Bréfritari: Jakobína Jónsdóttir
Viðtakandi: Sólveig Jónsdóttir
Dagsetning: A-1882-06-28
Skrifað á: Bessastöðum  Gull.
systir bréfviðtakanda

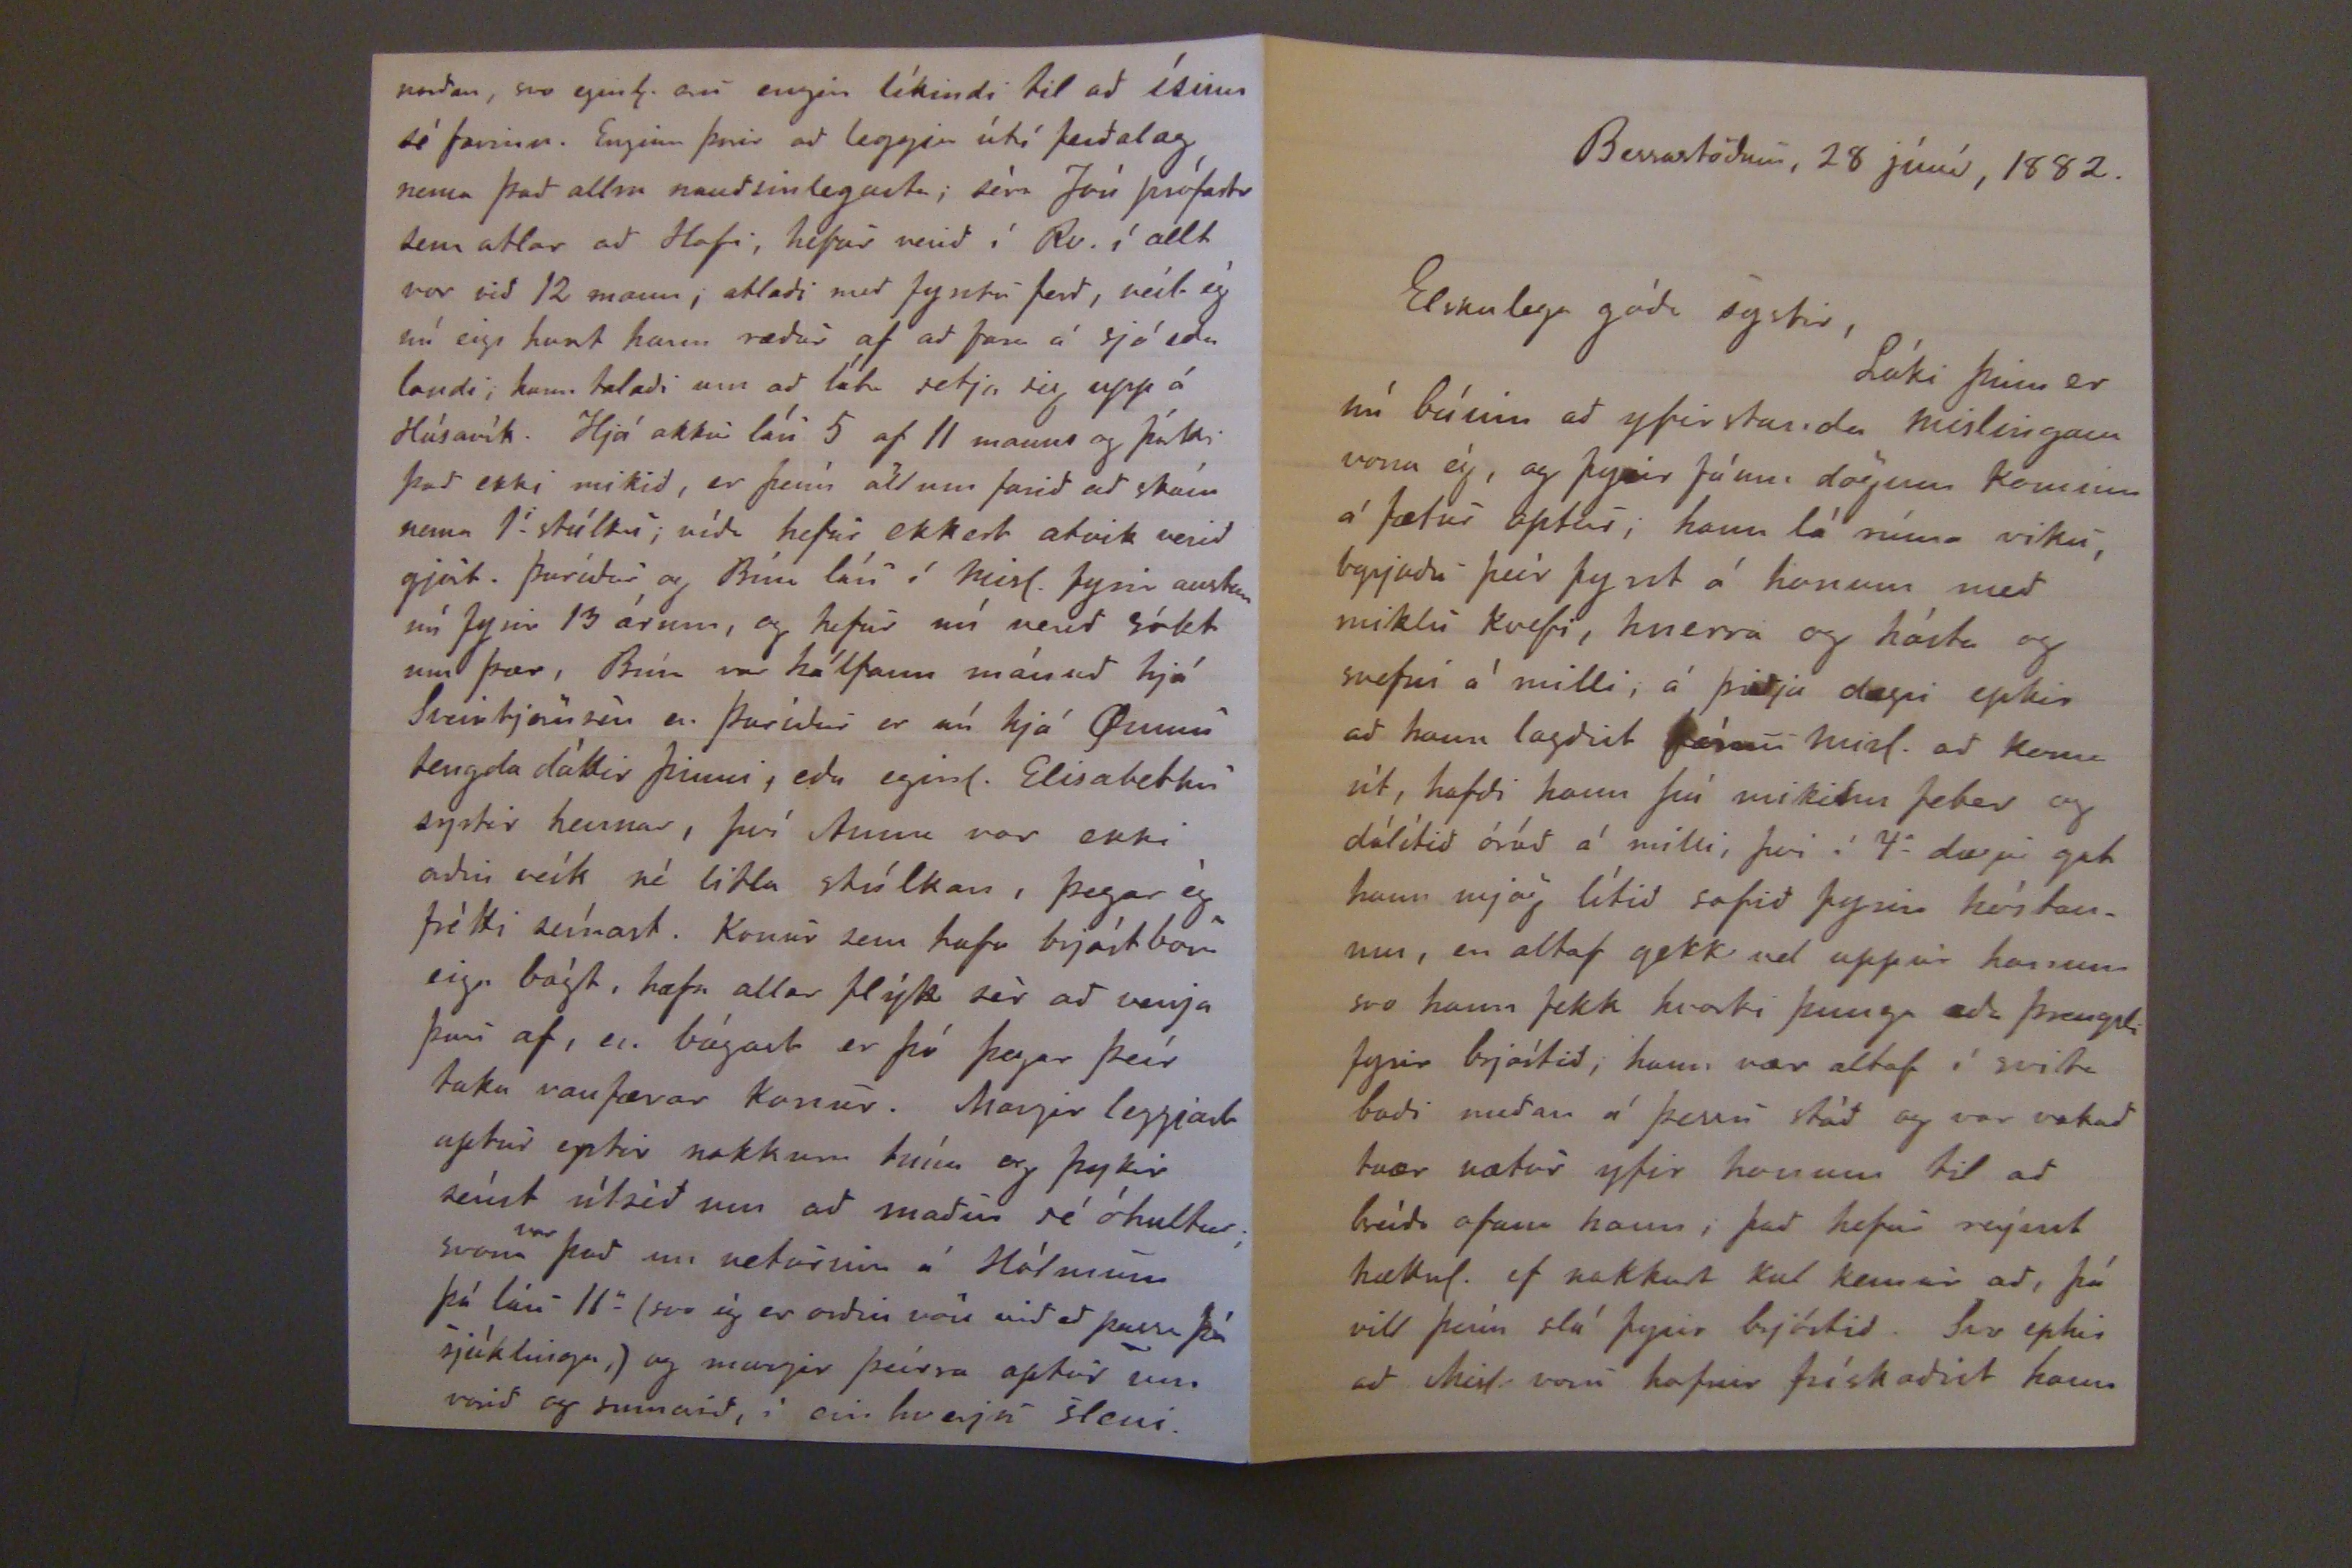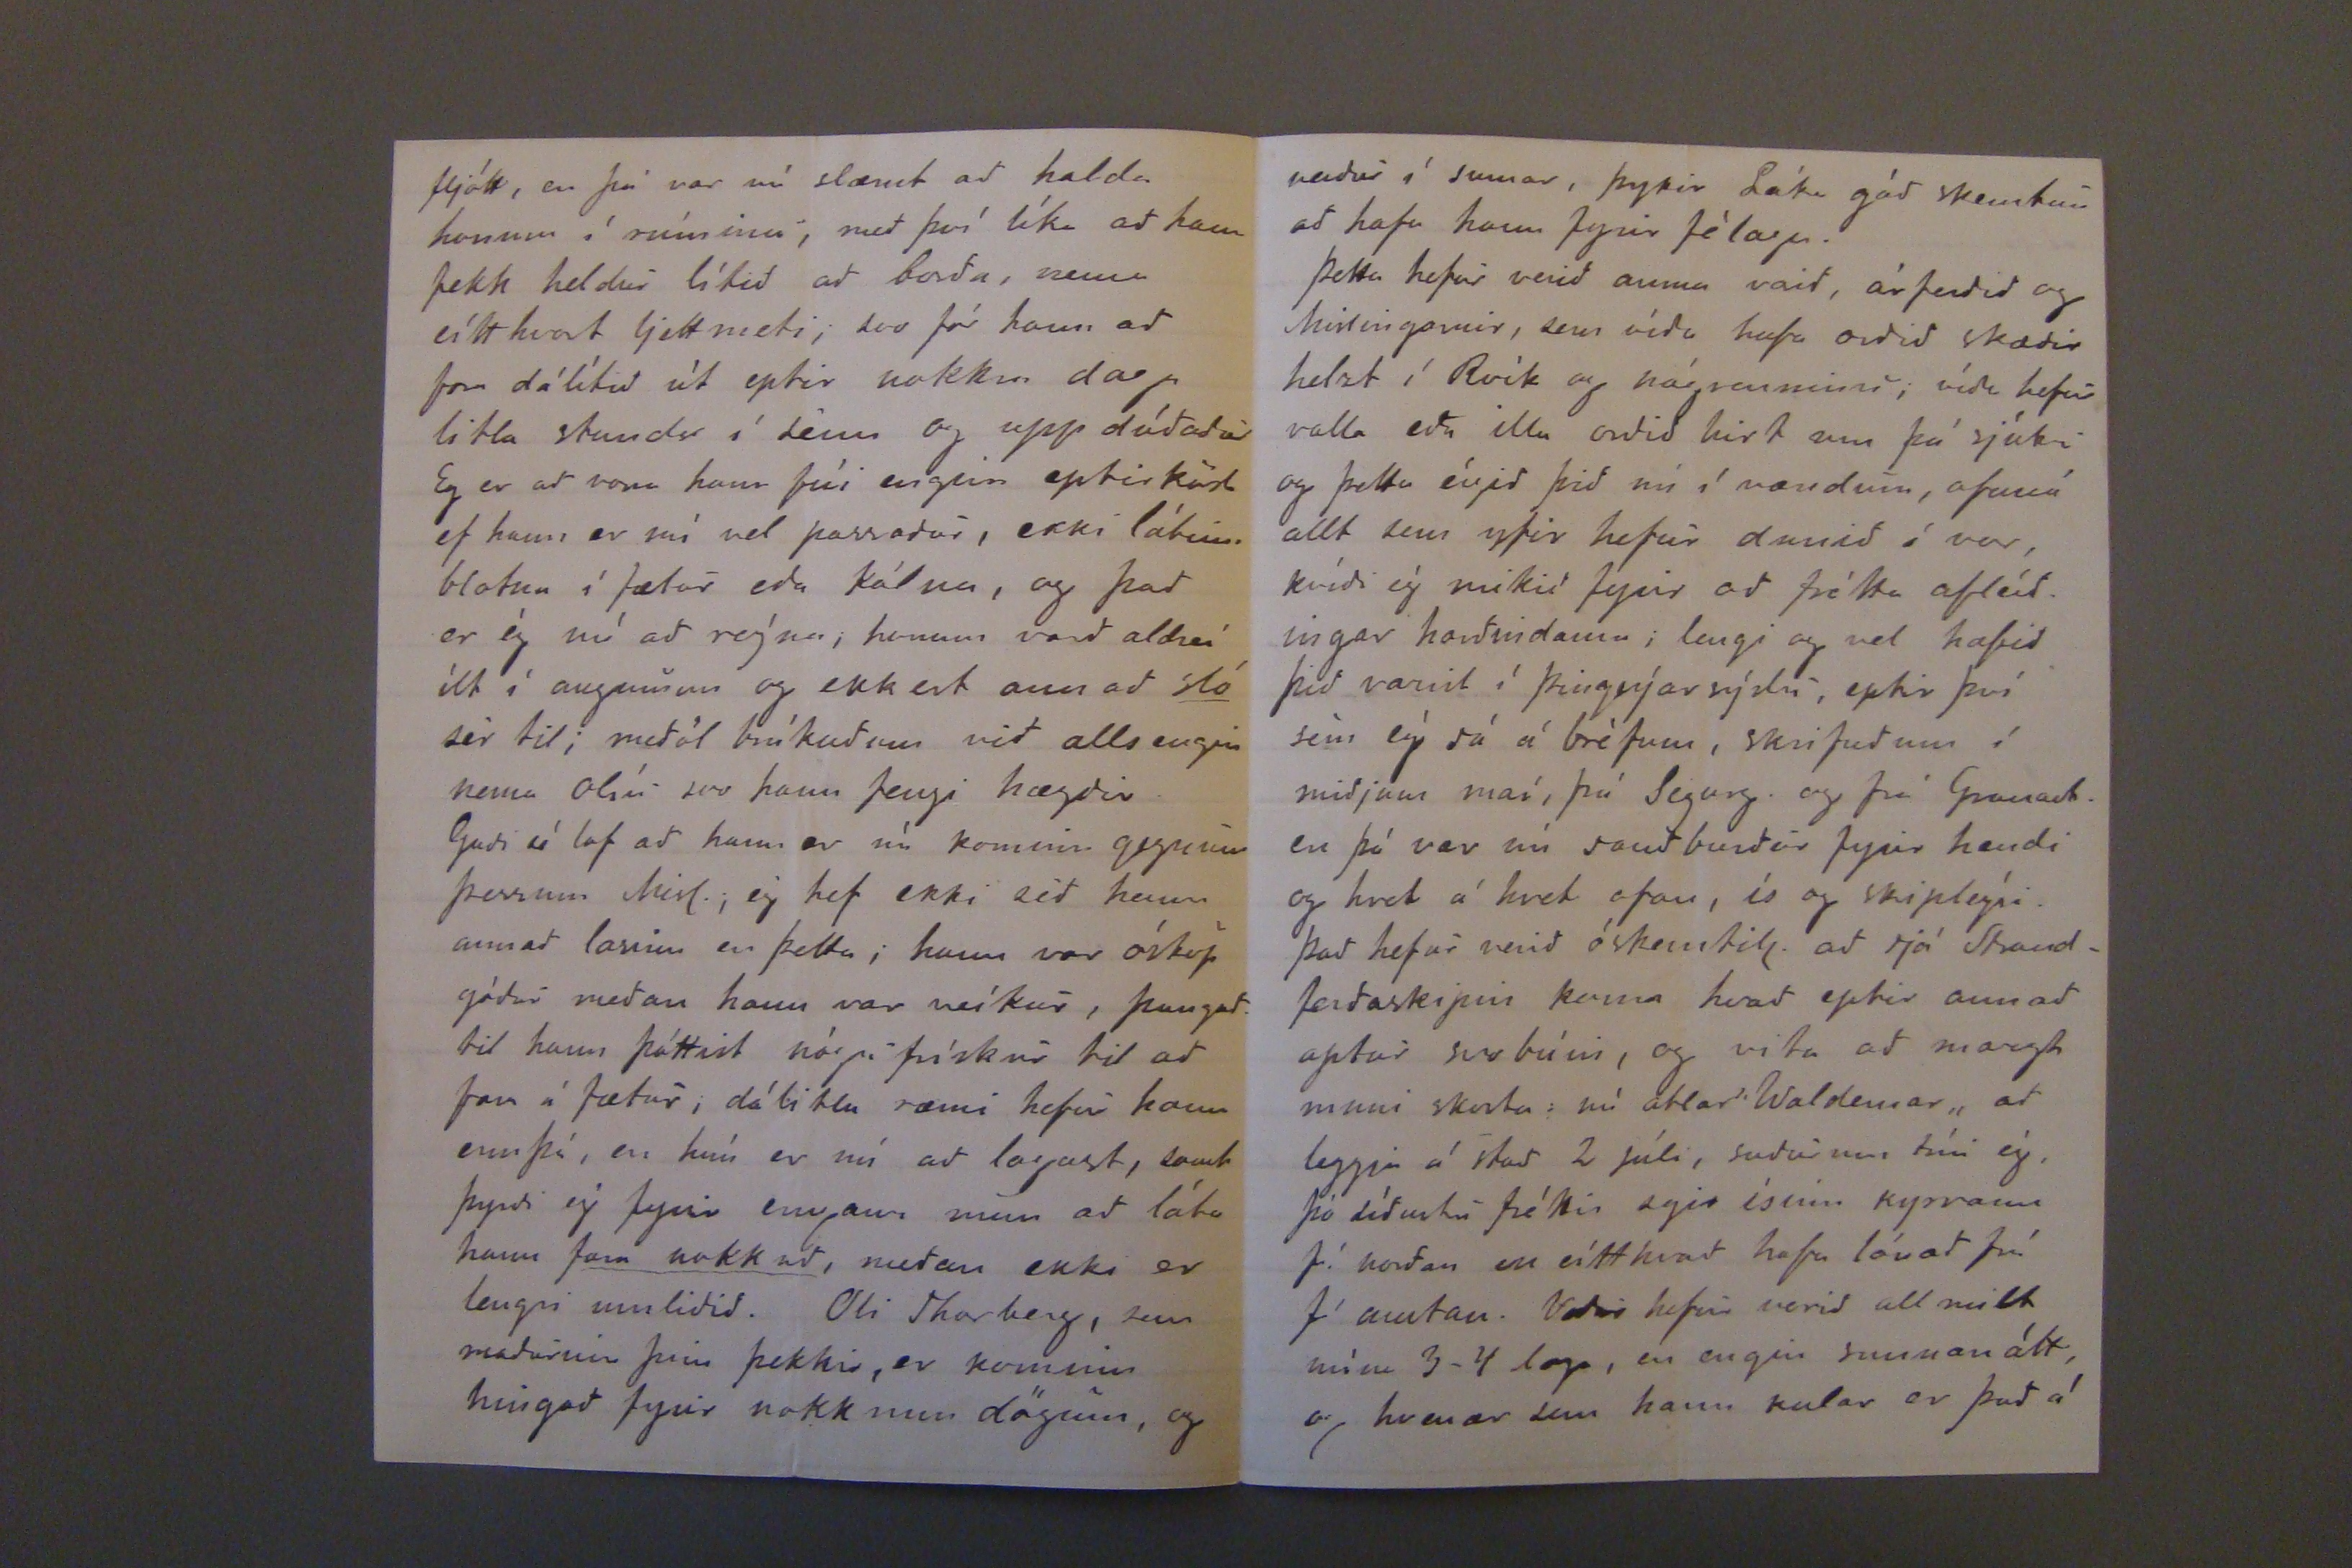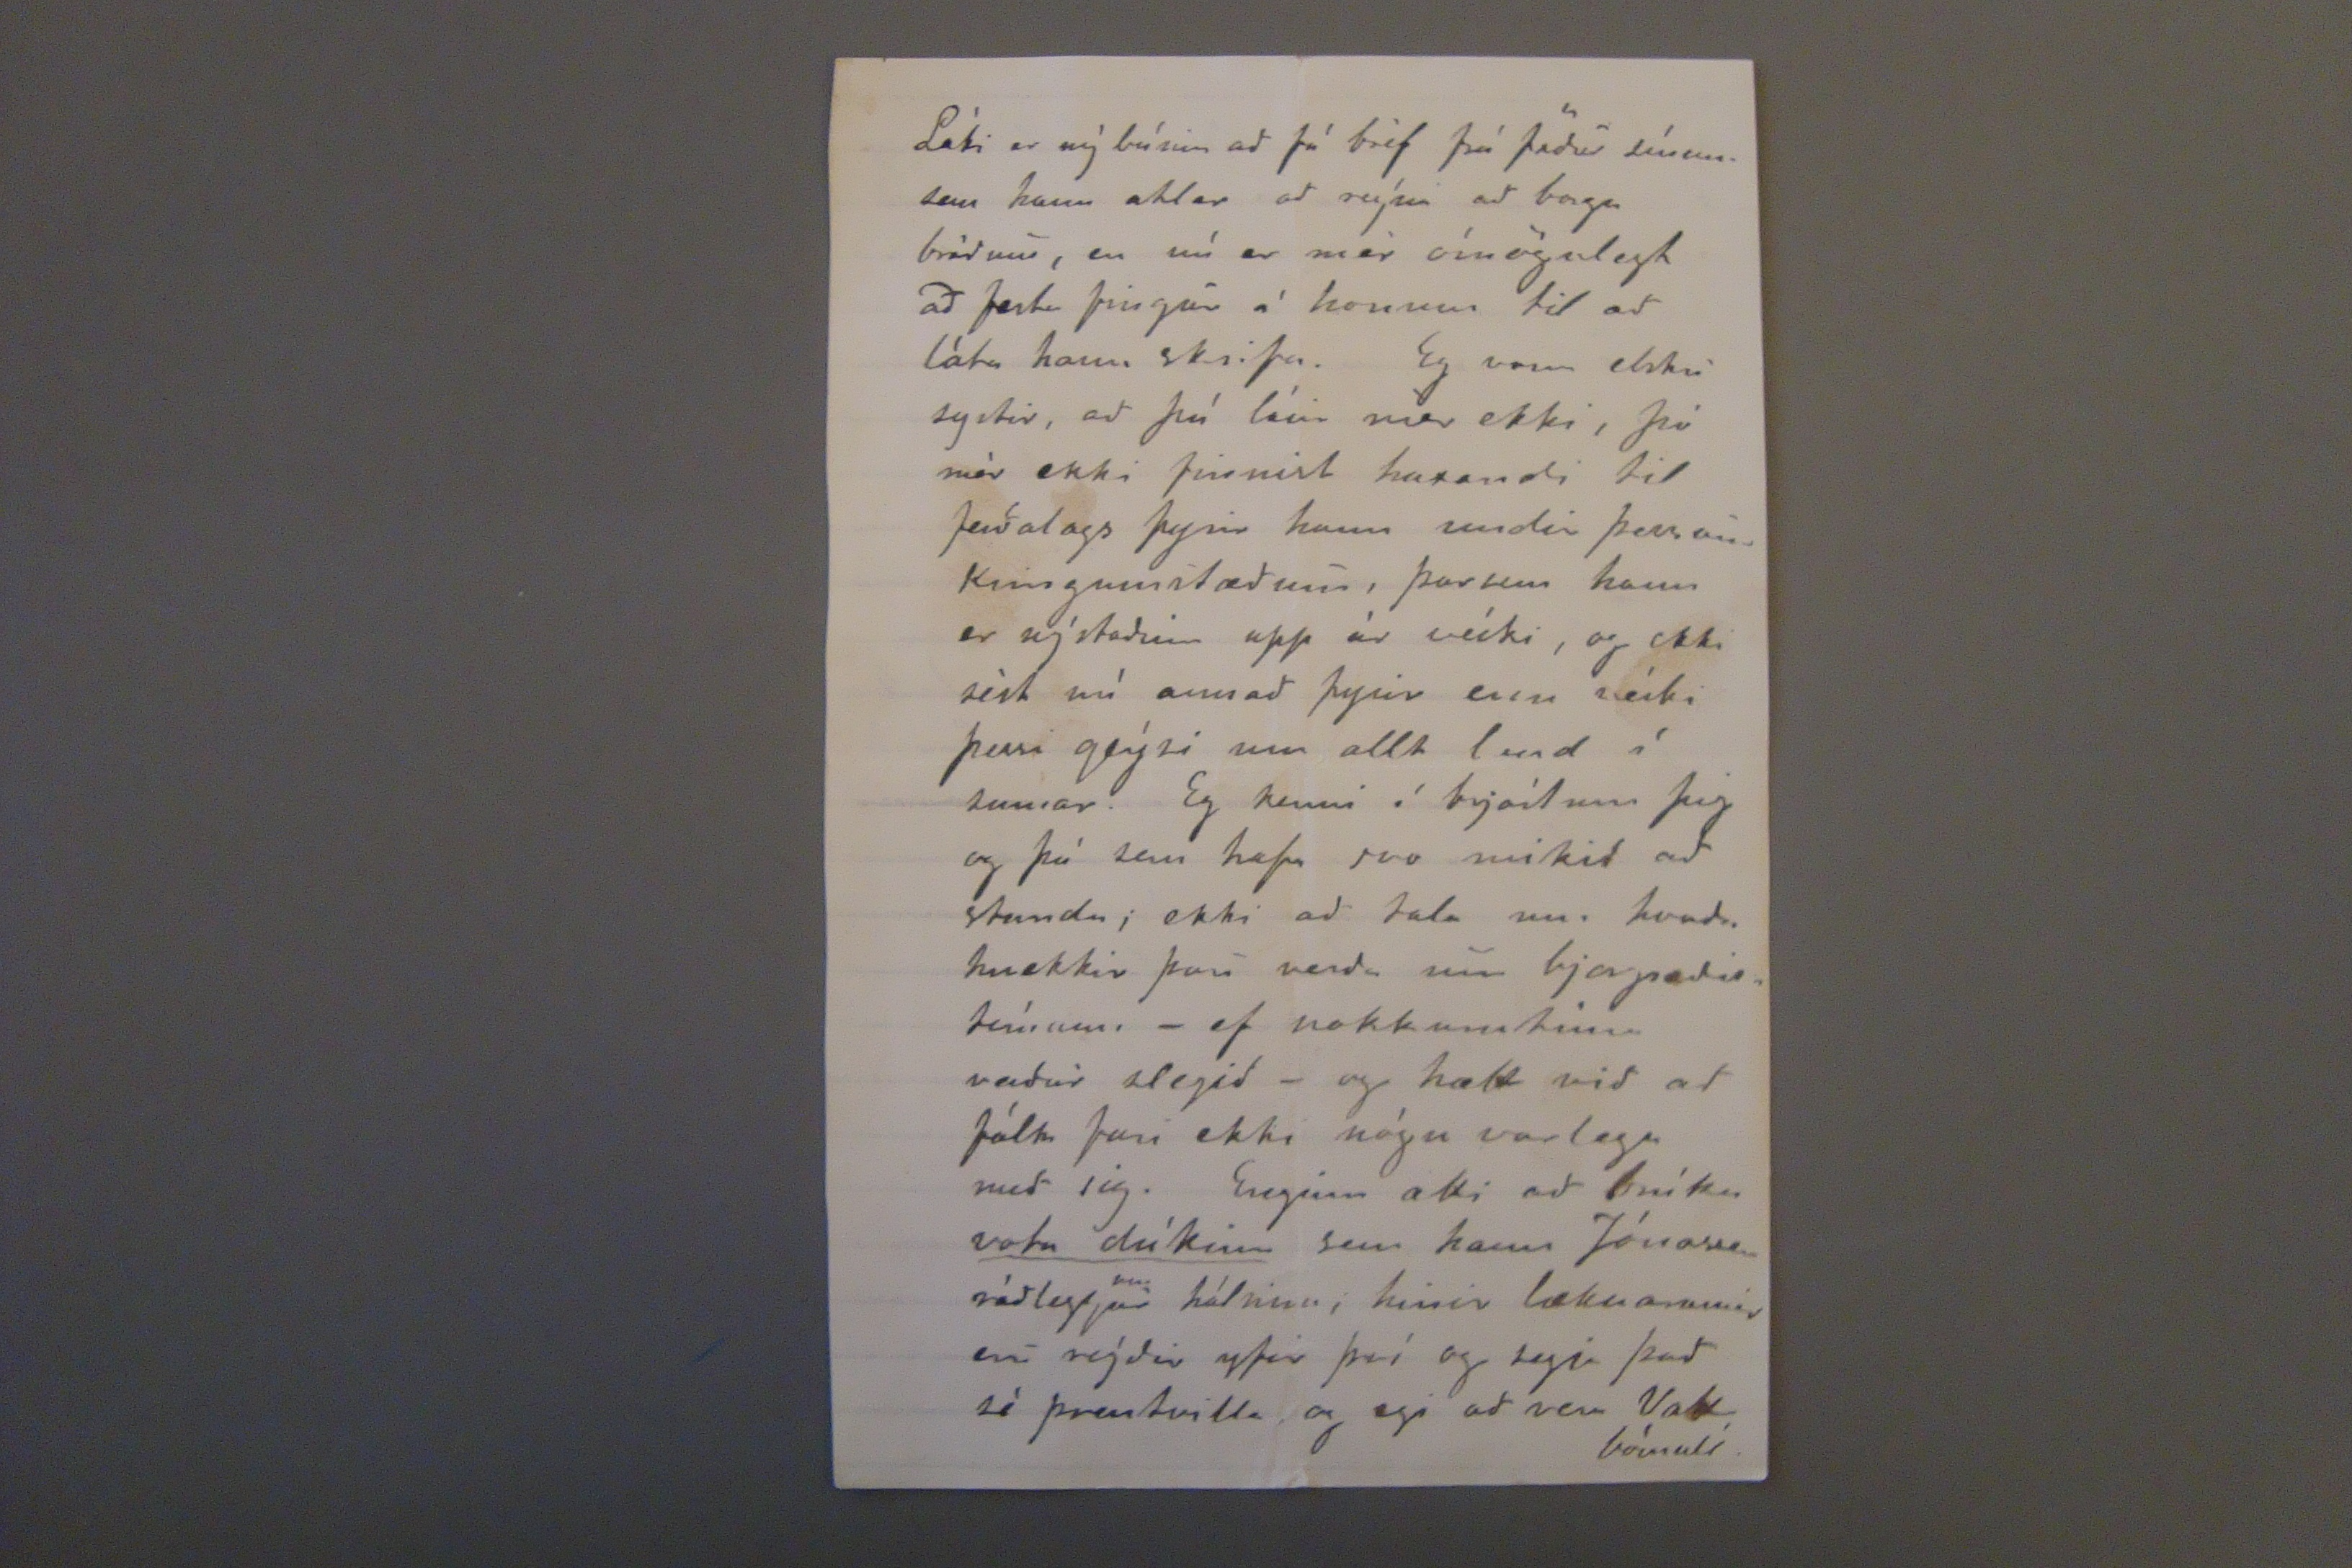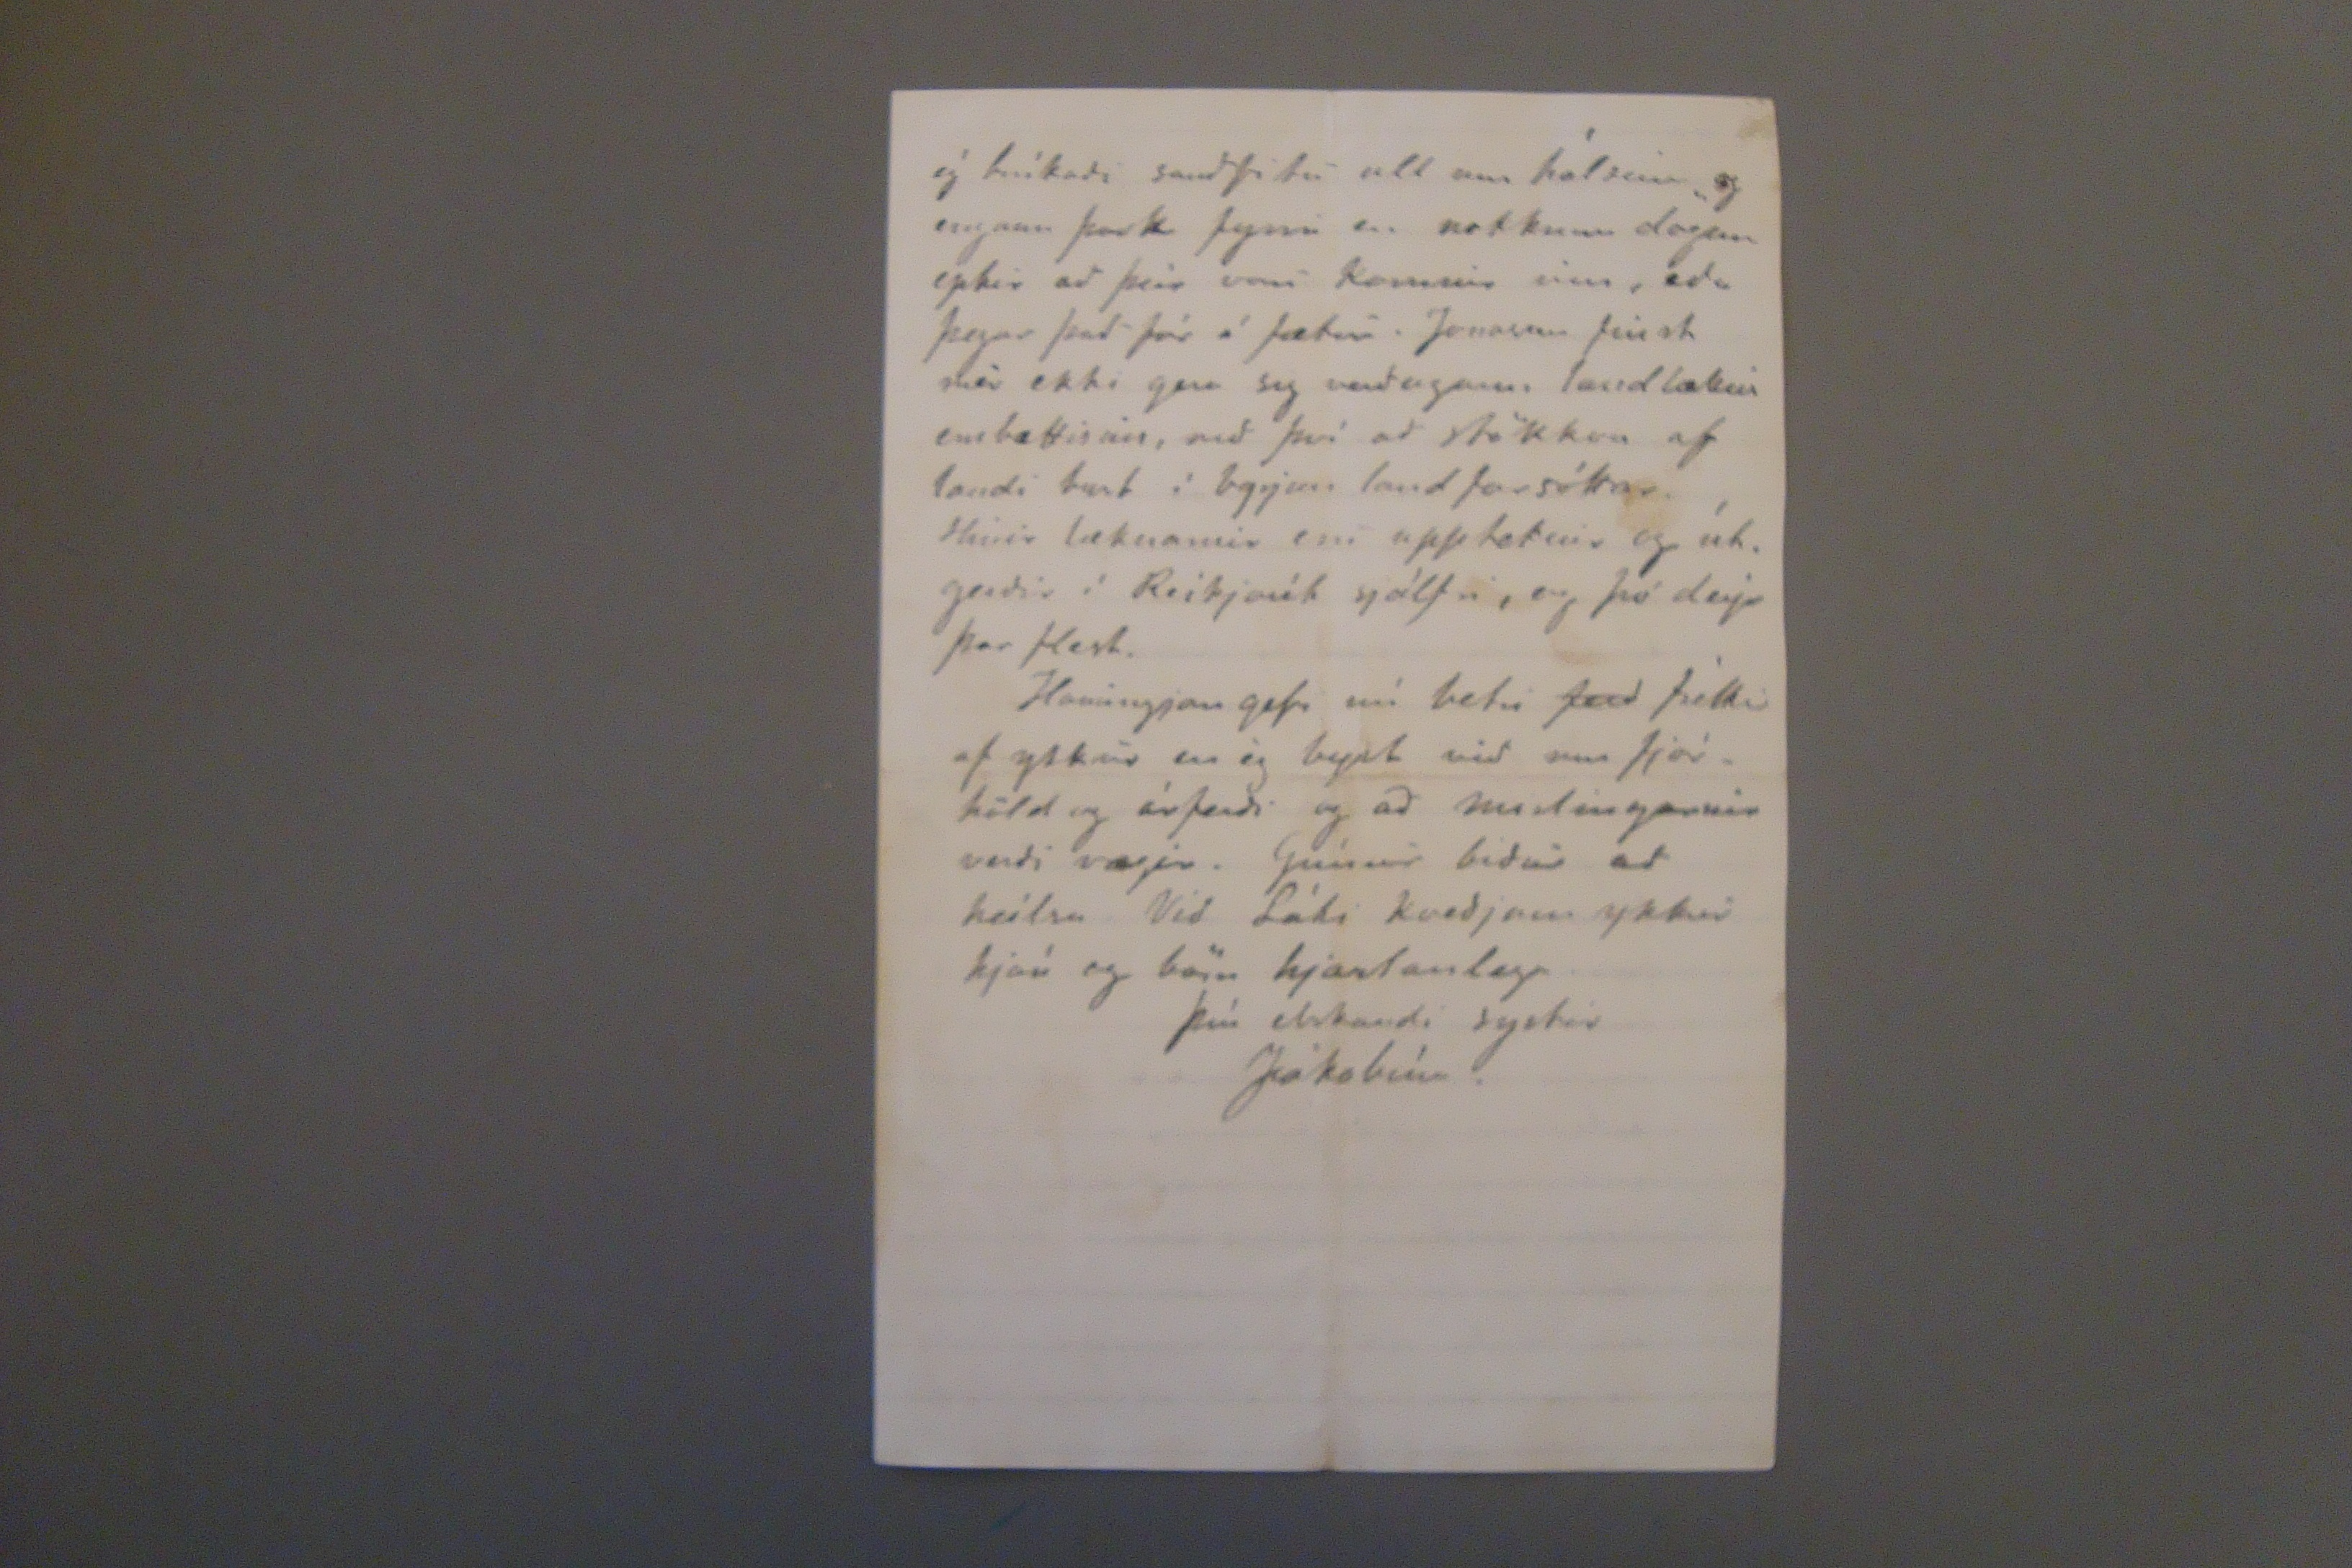

Bessastöðum, 28 júní, 1882.
Elskulega góða systir,
Láki þinn er nú búinn að yfirstanda mislingana vona ég, og fyrir fáum dögum kominn á fætur aptur, hann lá núna viku, byrjaðu þeir fyrst á honum með miklu kvefi, hnerra og hósta og svefni á milli, á þriðja degri eptir að hann lagðist fórum hirsl. að koma út, hafði hann þá mikinn feber og dálítid óráð á milli, því í 4
a
degi gat hann mjög lítið sofið fyrir hóstanum, en altaf gekk vel uppúr honum svo hann fekk hvorki þunga eða þrengsli fyrir brjóstið, hann var altaf í svita baði meðan á þessu stóð og var vakað tvær nætur yfir honum til að breíða ofana hann, það hefur reýnst hættul. ef nokkurt kal kemur að, þá vill þeim slá fyrir brjósti. Svo eptir að Misl. voru horfnir frískaðist hann
fljótt, en þá var nú slæmt að halda honum í rúminu, með því líka að hann fekk heldur lítið að borða, nema eitthvort ljettmeti, svo fór hann að fara dálítið út eptir nokkra daga litla stundir í senn og upp dáðaður Eg er að vona hann fái engin eptirköst ef hann er nú vel passaður, ekki látum blotna í fætur eða kólan, og það er ég nú að reýna, honum varð aldreí ílt í augunum og ekkert annað sló sér til; meðöl brúkuðum við allsengin nema olíu svo hann fengi hægðir Guði sé lof að hann er nú kominn gengum þessum Misl., ég hef ekki séð hann annað lasinn en þetta, hann var ósköp góður meðan hann var veíkur, þangað til hann þóttist nógu frískur til að fara á fætur, dálitlu ræmi hefur hann ennþá, en hún er nú að lagast, samt þyrði ég fyrir engum mun að láta hann
fara nokkuð,
meðan ekki er lengra umliðið. Oli Thorberg, sem maðurinn þinn þekkir, er kominn hingað fyrir nokkrum dögum, og
norðan, svo eginl. eru engin líkindi til að ísinn sé farinn. Enginn þorir að leggja útí ferðalag nema það allra nauðsinlegasta; séra Jón prófastr sem atlar að Hofi, hefur verið í Rv. í allt vor við 12 mann; atlaði með fyrstu ferð, veít ég nú eigi hvort hann ræður af að fara á sjó eða landi, hann talaði um að láta setja sig upp á Húsavík. Hjá okkur láu 5 af 11 manns og þótti það ekki mikið er þeím öllum farið að skána nema 1i stúlku; víða hefur ekkert atvik verið gjöf. Þuríður og Bína láu í misl. fyrir austan nú fyrir 13 árum, og hefur nú verið sókt um þær, Bína var hálfann mánuð hjá Sveinbjörnsén en Þuríður er nú hjá Gunnu tengda dóttir þinni, eða eginl. Elisabethu systir hennar, því Anna var ekki aðrir veík nér litla stúlkan, þegar ég frétti seínast. Konur sem hafa brjóstbörn eiga bágt, hafa allar flýtt sér að venja þau af, en bágast er þó þegar þeíor taka vanfærar konur. Margir leggjast aptur eptir nokkurn tíma og þykir seínt útséð um að maður sé óhultur; svona
var
það um veturna á Hólmum þá láu 11
u
(svo ég er orðin vön við að passa þá sjúklinga,) og margir þeírra aptur um vorið og sumarið, í einhverju sleni.
verður í sumar, þykir Láka góð skemtun að hafa hann fyrir félaga.
Þetta hefur verið auma vorið, árferðið og Mislingarnir, sem víða hafa orðið skæðir helzt í Rvík og nágrenninu, víða hefur valla eða illa orðið hirt um þá sjúku og þetta eígið þið nú í vændum, ofaná allt sem yfir hefur dunið í vor, kvíði ég mikið fyrir að frétta afleíðingar harðindanna; lengi og vel hafið þið varist í Þingeýarsýslu, eptir því sem ég sá á bréfum, skrifuðum í miðjum maí, þá Sigurg. og frá Granast. en þá var nú sauðburður fyrir hendi og hrot á hvet ofan, ís og skipleýsi það hefur verið óskemtil. að sjá Strandferðaskipin koma hvað eptir annað aptur svoobúin, og vita að margt muni skorta. nú ætlar "Waldemar" að leggja á stað 2 júli, suður um trúi ég, þó síðustu fréttir segir ísinn kyrrann þá norðan en eítthvað hafa losað fra þá austan. Veður hefir verið all milt núna 3-4 daga, en engin sunnanátt, og hvenær sem hann kular er það á
Láki er ný búinn að fá bréf frá föður sínum sem hann atlar að reýna að borga bráðum, en nú er mér ómögulegt að festa fingur á honum til að láta hann skrifa. Eg vona elsku systir, að þú láir mér ekki, þó mér ekki finnist huxandi til ferðalags fyrir hann sendir þessum kringumstæðum, þarsem hann er nýstaðinn upp úr veíki, og ekki sést nú annað fyrir enn veíki þessi geýsi um allt land í sumar. Eg kenni í brjóstum þig og þá sem hafa svo mikið að stundu; ekki að tala um hvaða hnekkir þau verða um bjagraðistímum - ef nokkurntíma verður slegið- og hætt við að fólki fari ekki nógu varlega með sig. Enginn ætti að brúka
vota dúkinn
sem hann Jónassen ráðleggur
um
hálsinu, hinir læknarnir eru reýðir yfir því og segja það sé prentvilla og egi að vera Vott bómull.
ég brúkaði sauðfitu ull um hálsina og engann þurft fyrri en nokkum dögum eptir að þeír voru komnir inn, eða þegar það fór á fætur. Jonassen finst mér ekki gera sig verðugann landlæknis embættisins, með því að stökkva af landi burt í byrjun landfarsóttar. Hinir læknarnir eru uppteknir og útgerðir í Reíkjavík sjálfri, og þó deýa þar flest.
Hamingjan gefi nú betri
ferð
frettir af ykkur en ég byzt við um fjárhöld og árferði og að mislingarnir verði vægir. Grímur biður að heílsa Við Láki kveðjum ykkur hjón og börn hjartanlega.
Þín elskandi systir
Jakobína.